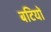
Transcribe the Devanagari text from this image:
बटियों